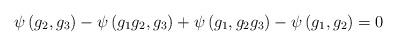
LaTeX: \begin{align*} \psi\left(g_2,g_3\right)-\psi\left(g_1g_2,g_3\right)+\psi\left(g_1,g_2g_3\right)-\psi\left(g_1,g_2\right)=0 \end{align*}